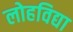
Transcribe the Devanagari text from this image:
लोहविद्या